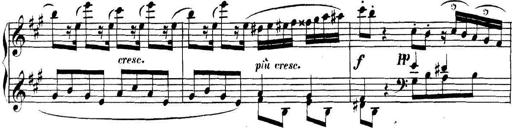
Title: Collected Piano Sonatas
Composer: Muzio Clementi